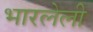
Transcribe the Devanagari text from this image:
भारलेली